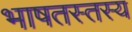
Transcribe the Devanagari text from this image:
भाषतस्तस्य